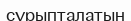
сұрыпталатын